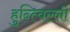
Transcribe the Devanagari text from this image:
हुन्त्विल्ली